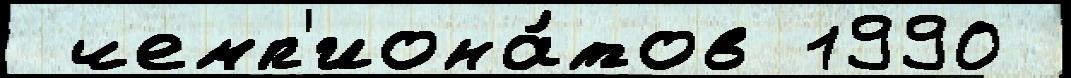
 чемп'иона́тов 1990